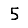
Digit: 5